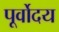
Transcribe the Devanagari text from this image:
पूर्वोदय